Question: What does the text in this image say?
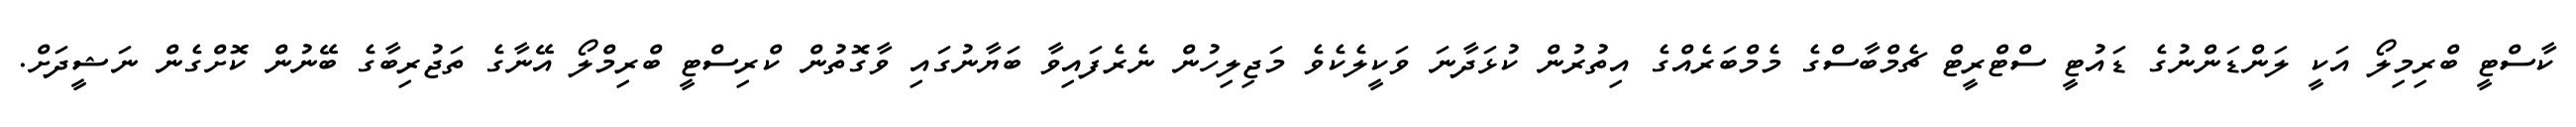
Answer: ކާސްޓީ ބްރިމިލޯ އަކީ ލަންޑަންނުގެ ޑައުޓީ ސްޓްރީޓް ޗެމްބާސްގެ މެމްބަރެއްގެ އިތުރުން ކުޅަދާނަ ވަކީލެކެވެ މަޖިލިހުން ނެރެފައިވާ ބަޔާނުގައި ވާގޮތުން ކްރިސްޓީ ބްރިމްލޯ އޭނާގެ ތަޖުރިބާގެ ބޭނުން ކޮށްގެން ނަޝީދަށް.